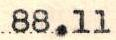
88.11